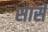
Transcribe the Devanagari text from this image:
सासे